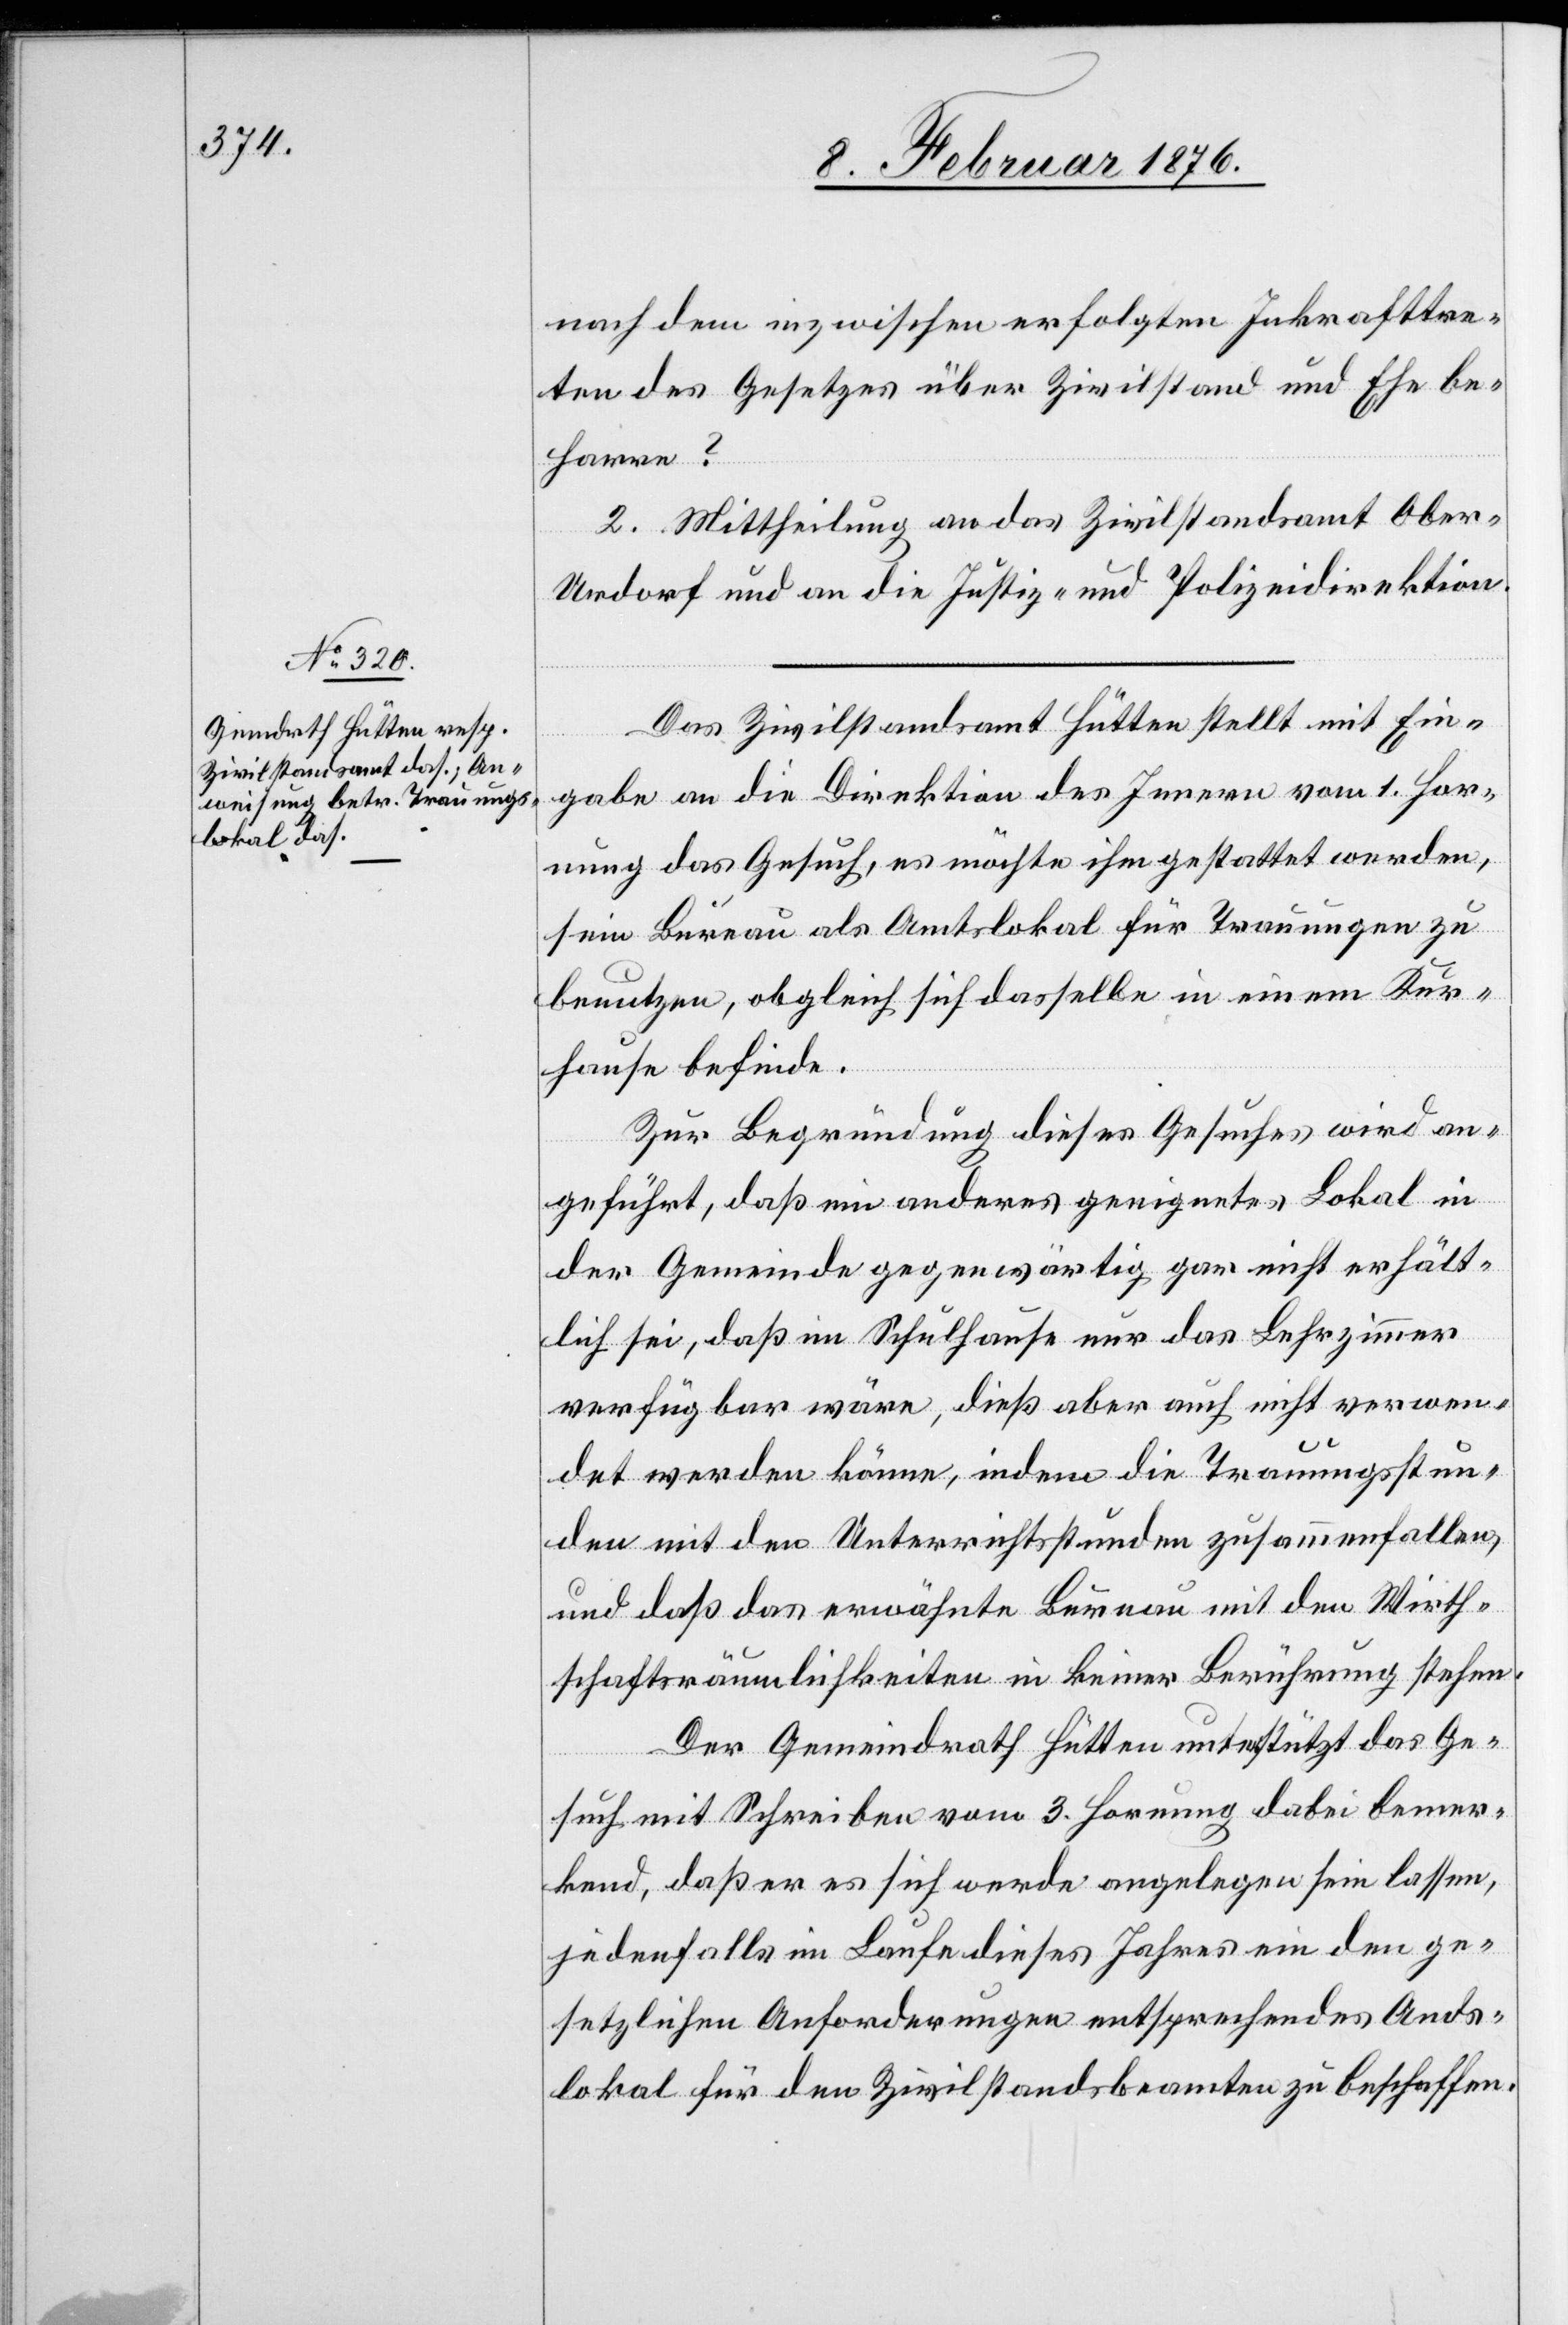
nach dem inzwischen erfolgten Inkrafttre¬
ten des Gesetzes über Zivilstand und Ehe be¬
harre?
2. Mittheilung an das Zivilstandsamt Obe¬
r-Urdorf und die Justiz- und Polizeidirektion.
Das Zivilstandsamt Hütten stellt mit Ein¬
gabe an die Direktion des Innern vom 1. Hor¬
nung das Gesuch, es möchte ihm gestattet werden,
sein Bureau als Amtslokal für Trauungen zu
benutzen, obgleich sich dasselbe in einem Kur¬
hause befinde.
Zur Begründung dieses Gesuchs wird an¬
geführt, daß ein anderes geeignetes Lokal in
der Gemeinde gegenwärtig gar nicht erhält¬
lich sei, daß im Schulhause nur das Lehrerzimmer
verfügbar wäre, dieß aber auch nicht verwen¬
det werden könne, indem die Trauungsstun¬
den mit den Unterrichtsstunden zusammenfallen,
und daß das erwählte Bureau mit den Wirth¬
schaftsräumlichkeiten in keiner Beziehung stehen.
Der Gemeinderath Hütten unterstützt das Ge¬
such mit Schreiben vom 3. Hornung dabei bemer¬
kend, daß er es sich werde angelegen sein lassen,
jedenfalls im Laufe dieses Jahres ein den ge¬
setzlichen Anforderungen entsprechendes Amts¬
lokal für den Zivilstandsbeamten zu beschaffen.